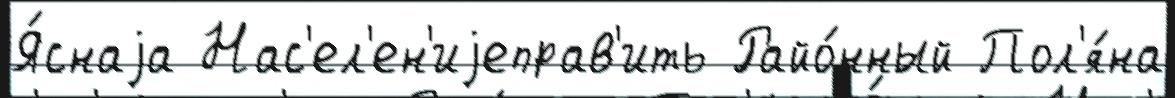
Я́снаjа Нас'ел'ен'иjеправ'ить Райо́нный Пол'я́на